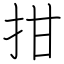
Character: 拑